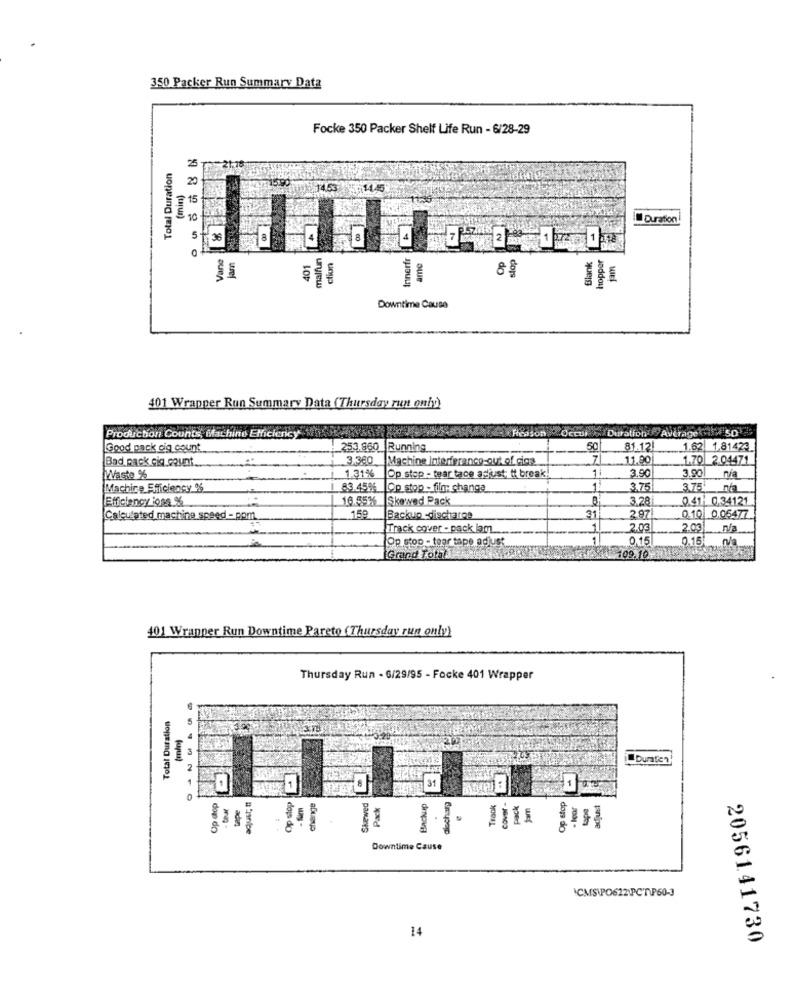
350 Packer Run Summary Data
Focke 350 Packer Shelf Life Run - 6/28-29
Total Duration
25
20
ATT15.90
(min)
15
10
Duration
5
36
8
Vane
Jam
malfun
ction
Innerfr
hopper
401
ame
Blank
jam
8€
Downtime Cause
401 Wrapper Run Summary Data (Thursday run only)
Reason Occui
Duration + Average
50
Production Counts, Machine Efficiency
Good pack cig count
253.860 Running
50
81.121
1.62 1.81423
Bad pack cig count
3.360 Machine Interference-out of cios
7
11.90
1.70 2.04471
Op stop - tear tace adjust; tt break!
3.90
3.90
Waste %
1.31%
Machine Efficiency %
83.45% |Op stop - film: change
1:
3.75
3.75
Efficiency ioss %
16.55% Skewed Pack
3.28
0.41: 0.34121
2.97!
Calculated machine speed - ppm.
159
Backup -discharge
31
0.10 0.06477
Track cover - pack lam
1
2.03
2.03
Na
Op stop - teor tape adjust
1
0.15
0,15 n/a
Grand Total
109.10
401 Wrapper Run Downtime Pareto (Thursday run only)
Thursday Run - 6/29/95 - Focke 401 Wrapper
Total Duration
4
Duraten
Op stop
31
Op stop
Op dop
tape
acjust; t
change
Skewed
Pack
Backup
alscharg
Track
Sam
tape
adjust
Downtime Cause
ICMS\PO622\PCT\P60-3
14
2056141730